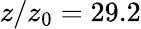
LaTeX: z/z_{0}=29.2